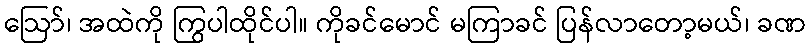
ဩော်၊ အထဲကို ကြွပါထိုင်ပါ။ ကိုခင်မောင် မကြာခင် ပြန်လာတော့မယ်၊ ခဏ